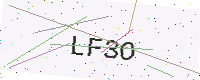
Text: LF3O